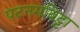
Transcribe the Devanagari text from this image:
पटनमथिट्टा